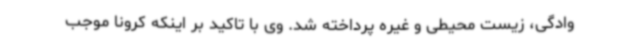
وادگی، زیست محیطی و غیره پرداخته شد. وی با تاکید بر اینکه کرونا موجب